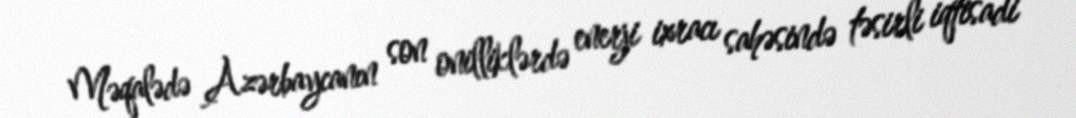
Məqalədə Azərbaycanın son onilliklərdə enerji ixracı sahəsində təsirli iqtisadi